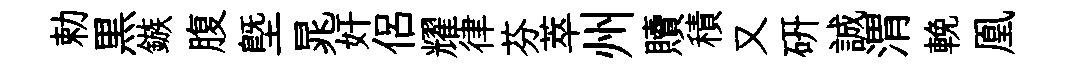
勅黒鏃腹塈晁奸侶耀律芬萃州贖積又硏誠渭輓凰